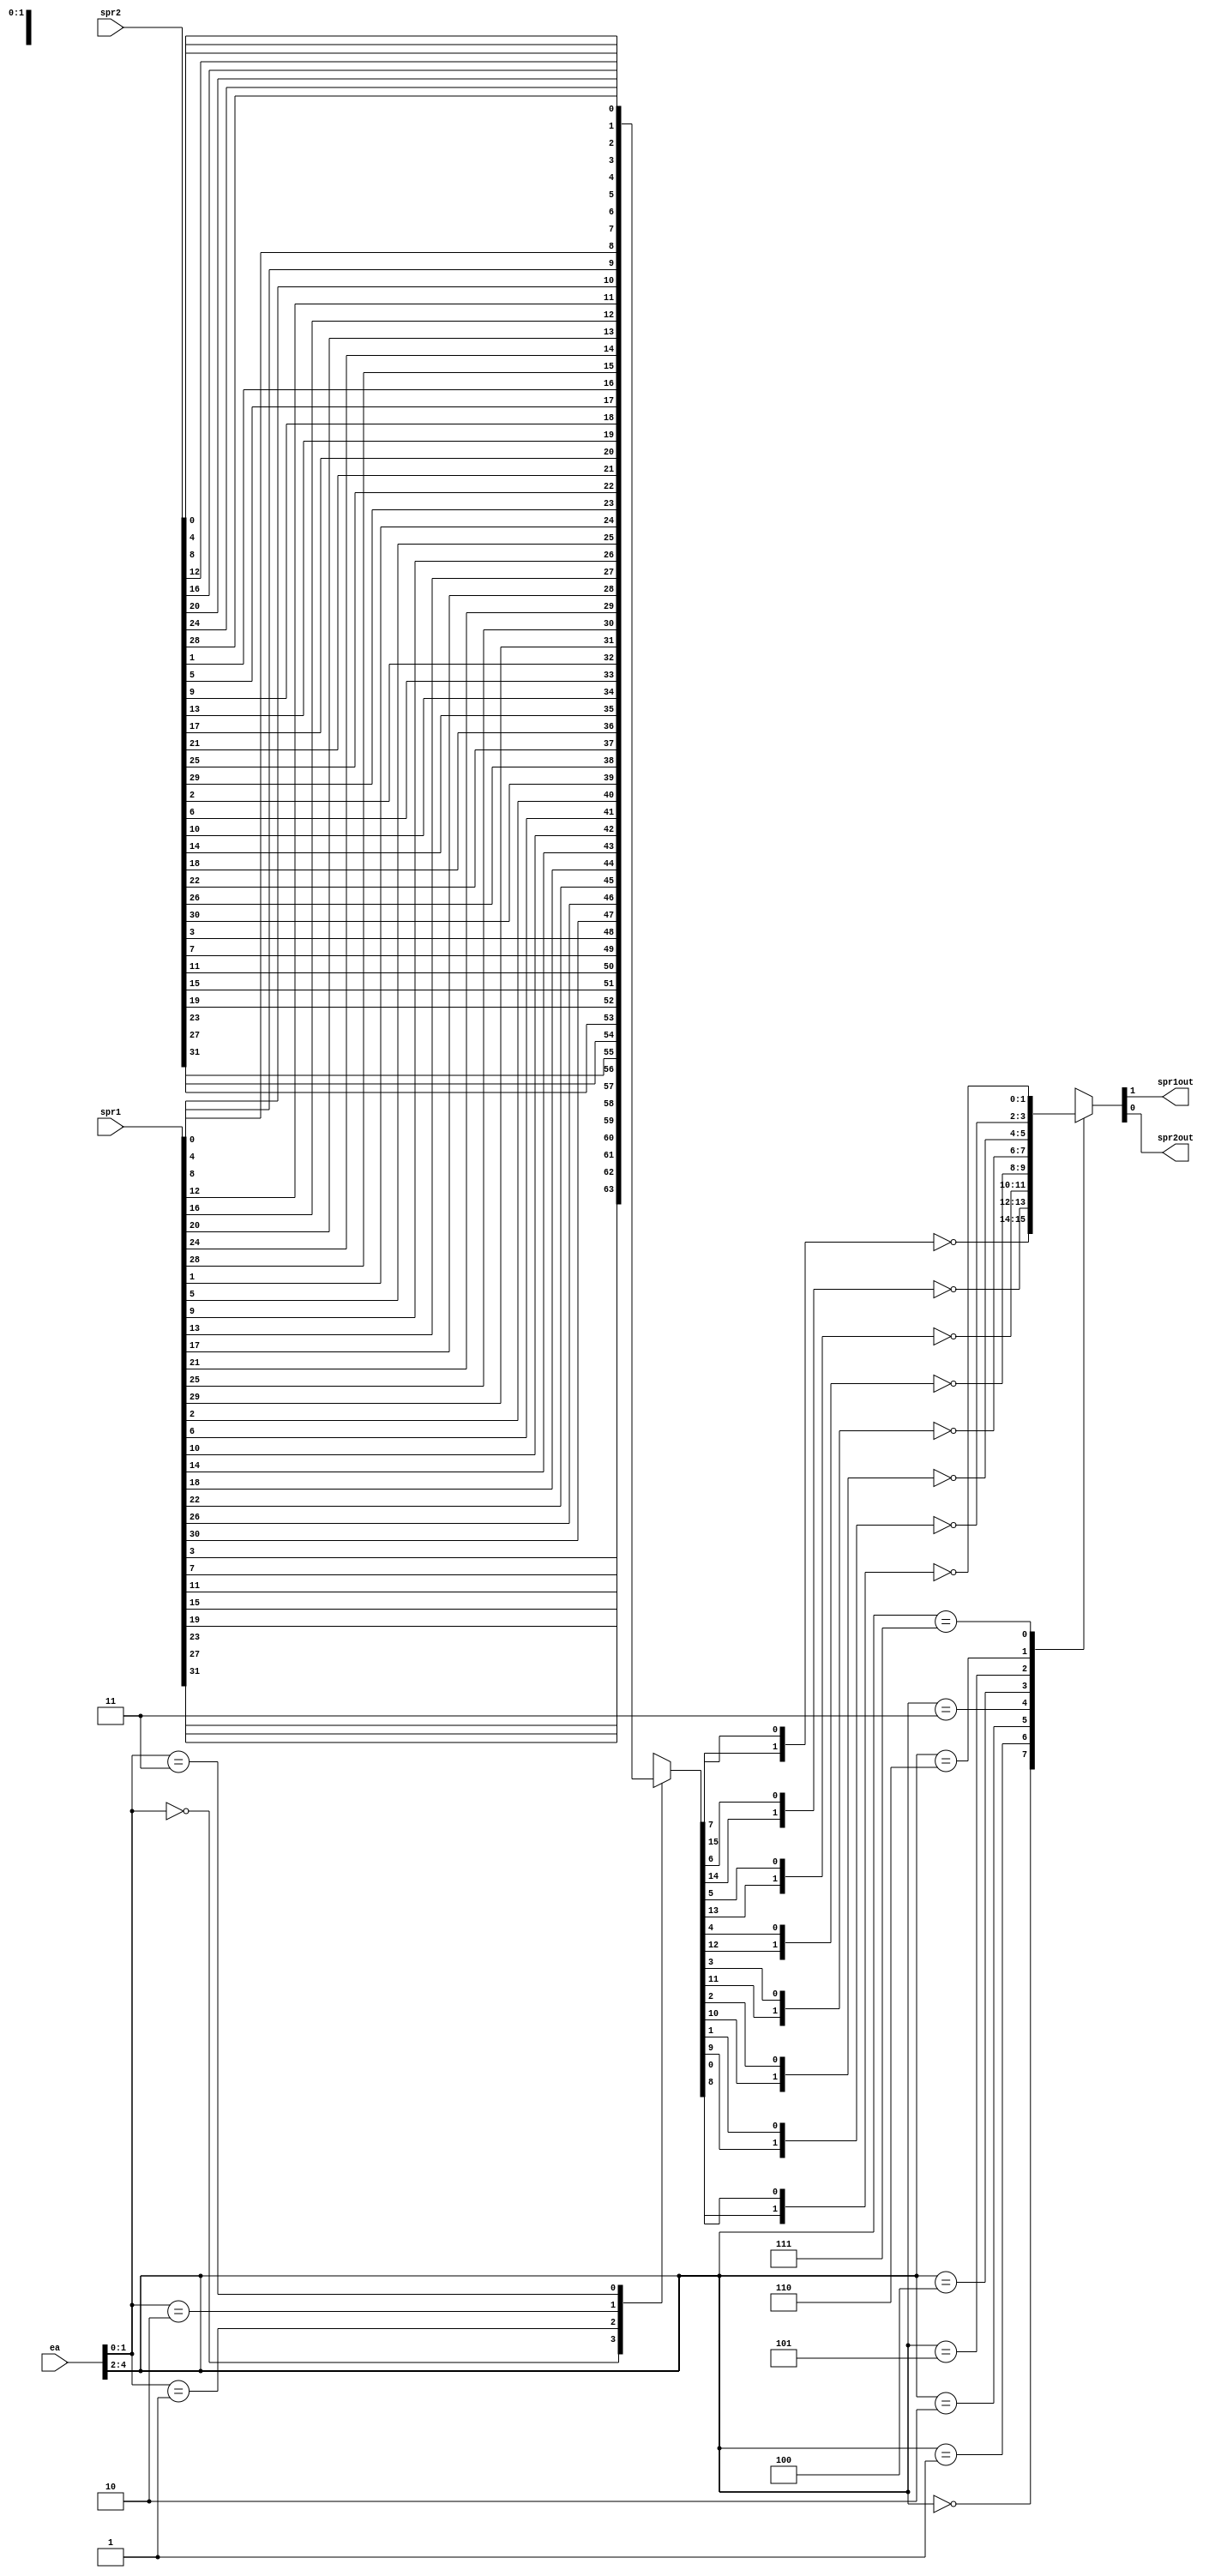
// 
// ************************************************************************** 
// 
//  Copyright (c) International Business Machines Corporation, 2005. 
// 
//  This file contains trade secrets and other proprietary and confidential 
//  information of International Business Machines Corporation which are 
//  protected by copyright and other intellectual property rights and shall 
//  not be reproduced, transferred to other documents, disclosed to others, 
//  or used for any purpose except as specifically authorized in writing by 
//  International Business Machines Corporation. This notice must be 
//  contained as part of this text at all times. 
// 
// ************************************************************************** 
//

module p405s_dsMMU_sel_1_of_32( spr1out,
                          spr2out, 
                          ea,
                          spr1,
                          spr2 
                        );

output  spr1out;
output  spr2out;

input [0:4]   ea;
input [0:31]  spr1;
input [0:31]  spr2;

// Buses in the design

reg         spr1out;
reg         spr2out;
reg  [0:7]  spr1_8of32;
reg  [0:7]  spr2_8of32;


  // Removed the module "dp_muxMMU_dsSelSPR2"
  always @(ea or spr1_8of32 or spr2_8of32)
    begin
      case(ea[0:2])
        3'b000: {spr1out, spr2out} = ~{spr1_8of32[0], spr2_8of32[0]};
        3'b001: {spr1out, spr2out} = ~{spr1_8of32[1], spr2_8of32[1]};
        3'b010: {spr1out, spr2out} = ~{spr1_8of32[2], spr2_8of32[2]};
        3'b011: {spr1out, spr2out} = ~{spr1_8of32[3], spr2_8of32[3]};
        3'b100: {spr1out, spr2out} = ~{spr1_8of32[4], spr2_8of32[4]};
        3'b101: {spr1out, spr2out} = ~{spr1_8of32[5], spr2_8of32[5]};
        3'b110: {spr1out, spr2out} = ~{spr1_8of32[6], spr2_8of32[6]};
        3'b111: {spr1out, spr2out} = ~{spr1_8of32[7], spr2_8of32[7]};
        default: {spr1out, spr2out} = 2'bx;
      endcase 
    end 

  // Removed the module "dp_muxMMU_selSPR"
  always @(ea or spr1 or spr2)
    begin
      case({ea[3],ea[4]})
        2'b00: {spr1_8of32[0:7],spr2_8of32[0:7]} = {spr1[0],spr1[4],spr1[8],spr1[12],spr1[16],
                                                   spr1[20],spr1[24],spr1[28],spr2[0],spr2[4],
                                                   spr2[8],spr2[12],spr2[16],spr2[20],spr2[24],
                                                   spr2[28]};
        2'b01: {spr1_8of32[0:7],spr2_8of32[0:7]} = {spr1[1],spr1[5],spr1[9],spr1[13],spr1[17],
                                                   spr1[21],spr1[25],spr1[29],spr2[1],spr2[5],
                                                   spr2[9],spr2[13],spr2[17],spr2[21],spr2[25],
                                                   spr2[29]};
        2'b10: {spr1_8of32[0:7],spr2_8of32[0:7]} = {spr1[2],spr1[6],spr1[10],spr1[14],spr1[18],
                                                   spr1[22],spr1[26],spr1[30],spr2[2],spr2[6],
                                                   spr2[10],spr2[14],spr2[18],spr2[22],spr2[26],
                                                   spr2[30]};
        2'b11: {spr1_8of32[0:7],spr2_8of32[0:7]} = {spr1[3],spr1[7],spr1[11],spr1[15],spr1[19],
                                                   spr1[23],spr1[27],spr1[31],spr2[3],spr2[7],
                                                   spr2[11],spr2[15],spr2[19],spr2[23],spr2[27],
                                                   spr2[31]};
        default: {spr1_8of32[0:7],spr2_8of32[0:7]} = 16'bx;
      endcase
    end


endmodule